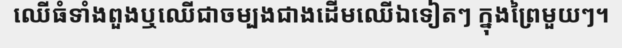
ឈើធំទាំងពួងឬឈើជាចម្បងជាងដើមឈើឯទៀតៗ ក្នុងព្រៃមួយៗ។